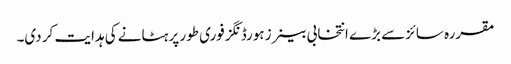
مقررہ سائزسے بڑے انتخابی بینرز ہورڈنگز فوری طور پر ہٹانے کی ہدایت کر دی۔